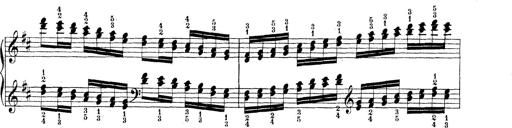
Title: Technische Studien
Composer: Franz Liszt